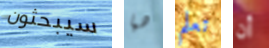
سيبحثون هيا تعلم أن